Lunatic asylums Central Provinces reports 1895-1909 - 1895-1909
Year: 1895
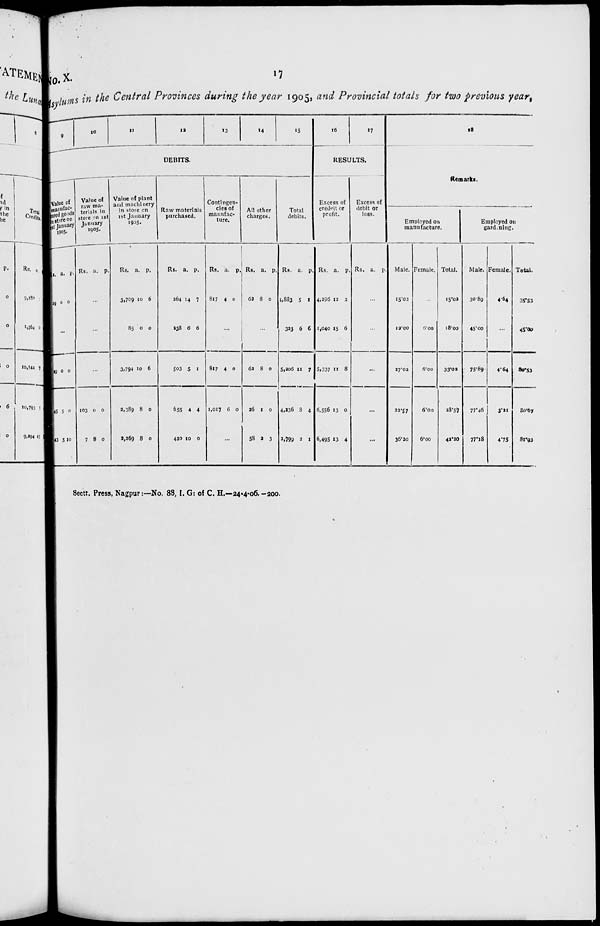
17
No. X.
Asylums in the Central Provinces during the year 1905, and Provincial totals for two previous year,
9
10
11
12
13
14
15
DEBITS.
Value of
manufac-
--red goods
in store on
1st January
1905.
Rs.
29
a.
0
p.
0
...
9
45
43
0
5
5
0
0
10
Value of
raw ma-
terials in
store on 1st
January
1905.
Rs. a. p.
...
...
...
103
7
0
8
0
0
Value of plant
and machinery
in store on
1st January
1905.
Rs.
3,709
85
3,794
2,389
2,269
a.
10
0
10
8
8
p.
6
0
6
0
0
Raw materials
purchased.
Rs.
264
338
503
655
420
a.
14
6
5
4
10
p.
7
6
1
4
0
Contingen-
cies of
manufac-
ture.
Rs.
817
a.
4
p.
0
...
817
1,017
4
6
0
0
...
All other
charges.
Rs.
62
a.
8
p.
0
...
62
26
58
8
1
2
0
0
3
Total
debits.
Rs.
4.883
323
5,206
4,236
2,799
a.
5
6
11
8
2
p.
1
6
7
4
1
16
17
RESULTS.
Excess of
credit or
profit.
Rs.
4,296
1,040
5,337
6,556
6,495
a.
12
15
11
13
13
p.
2
6
8
0
4
Excess of
debit or
loss.
Rs. a.
p.
...
...
...
...
...
18
Remarks.
Employed on
manufacture.
Male.
15.02
12.00
27.02
22.57
36.20
Female.
...
6.00
6.00
6.00
6.00
Total.
15.02
18.00
33.02
28.57
42.20
Employed on
gardening.
Male.
30.89
45.00
75.89
77.46
77.18
Female.
4.64
...
4.64
3.21
4.75
Total.
35.53
45.00
80.53
81.93
81.93
Sectt. Press, Nagpur :—No. 88, I. G: of C. H.—24-4-06.—200.